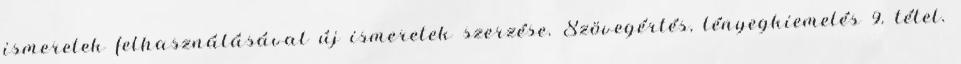
ismeretek felhasználásával új ismeretek szerzése. Szövegértés, lényegkiemelés 9. tétel.